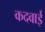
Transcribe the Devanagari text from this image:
कदवाई